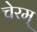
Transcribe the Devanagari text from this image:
चेरम्